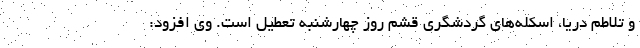
و تلاطم دریا، اسکله‌های گردشگری قشم روز چهارشنبه تعطیل است. وی افزود: